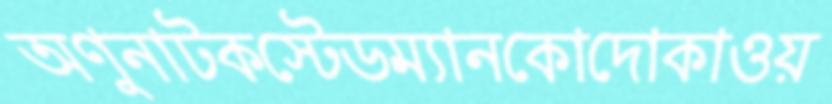
অণুনাটকস্টেডম্যানকোদোকাওয়